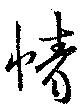
情